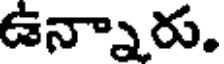
ఉన్నారు.